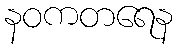
နဝကတရေန